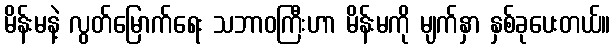
မိန်းမနဲ့ လွတ်မြောက်ရေး သဘာဝကြီးဟာ မိန်းမကို မျက်နှာ နှစ်ခုပေးတယ်။